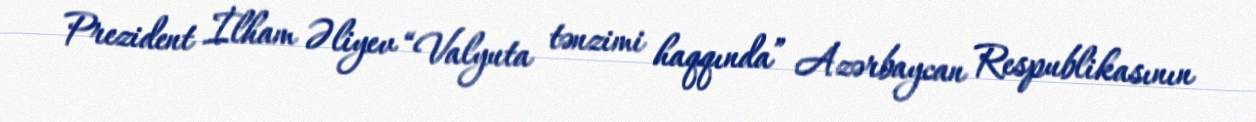
Prezident İlham Əliyev “Valyuta tənzimi haqqında” Azərbaycan Respublikasının